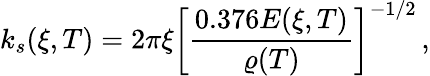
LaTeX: k_{s}(\xi,T)=2\pi\xi\bigg[\frac{0.376E(\xi,T)}{\varrho(T)}\bigg]^{-1/2}\, ,